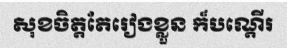
សុខចិត្តតែរៀងខ្លួន ក៏បណ្តើរ